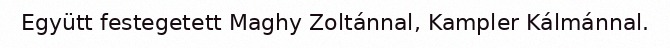
Együtt festegetett Maghy Zoltánnal, Kampler Kálmánnal.